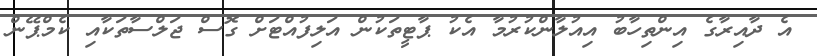
އެ ދާއިރާގެ އިންތިހާބު އިއުލާންކުރުމާ އެކު ޕާޓީތަކުން އަލިފުއްޓަށް ގޮސް ޖަލްސާތަކާއި ކެމްޕޭން